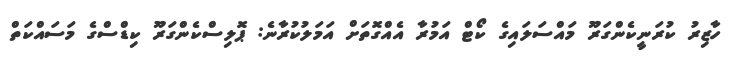
ހާޒިރު ކުރަނީކެންގަރޫ މައްސަލައިގެ ކޯޓް އަމުރާ އެއްގޮތަށް އަމަލުކުރާނެ: ޕޮލިސްކެންގަރޫ ކިޑްސްގެ މަސައްކަތް